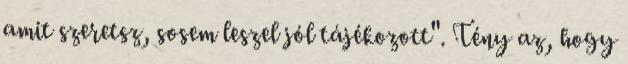
amit szeretsz, sosem leszel jól tájékozott". Tény az, hogy